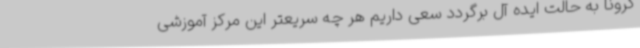
کرونا به حالت ایده آل برگردد سعی داریم هر چه سریعتر این مرکز آموزشی